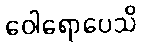
ဝေါရောပေသိ